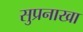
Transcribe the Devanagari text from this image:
सुप्रनाखा